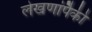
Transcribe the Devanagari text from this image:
लेखणांपैकी